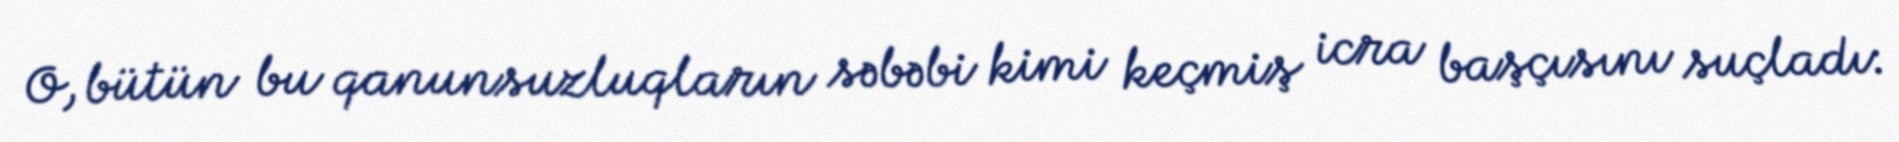
O, bütün bu qanunsuzluqların səbəbi kimi keçmiş icra başçısını suçladı: